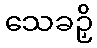
သေခဉှိ